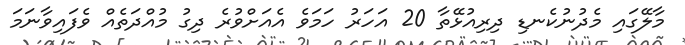
މާލޭގައި މެދުނުކެނޑި ދިރިއުޅޭތާ 20 އަހަރު ހަމަވެ އެއަށްވުރެ ދިގު މުއްދަތެއް ވެފައިވާނަމަ